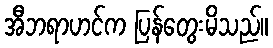
အီဘရာဟင်က ပြန်တွေးမိသည်။